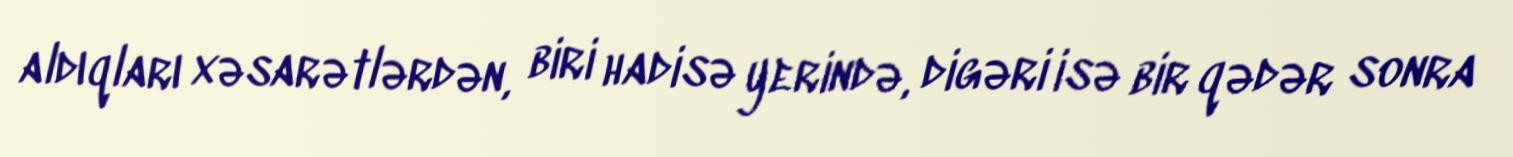
aldıqları xəsarətlərdən, biri hadisə yerində, digəri isə bir qədər sonra